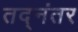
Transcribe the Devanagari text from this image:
तद्‌नंतर